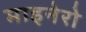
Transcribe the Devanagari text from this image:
माइनेरो